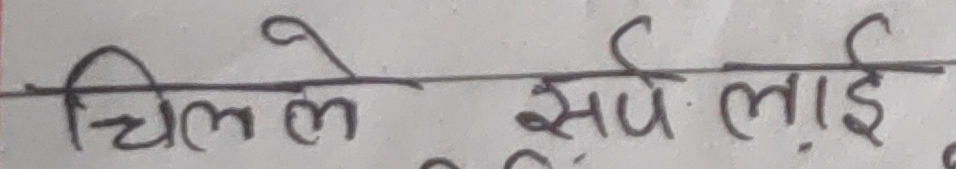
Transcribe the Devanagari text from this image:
चिल्ले सपे लाई